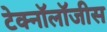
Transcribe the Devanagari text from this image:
टेक्नॉलॉजीस